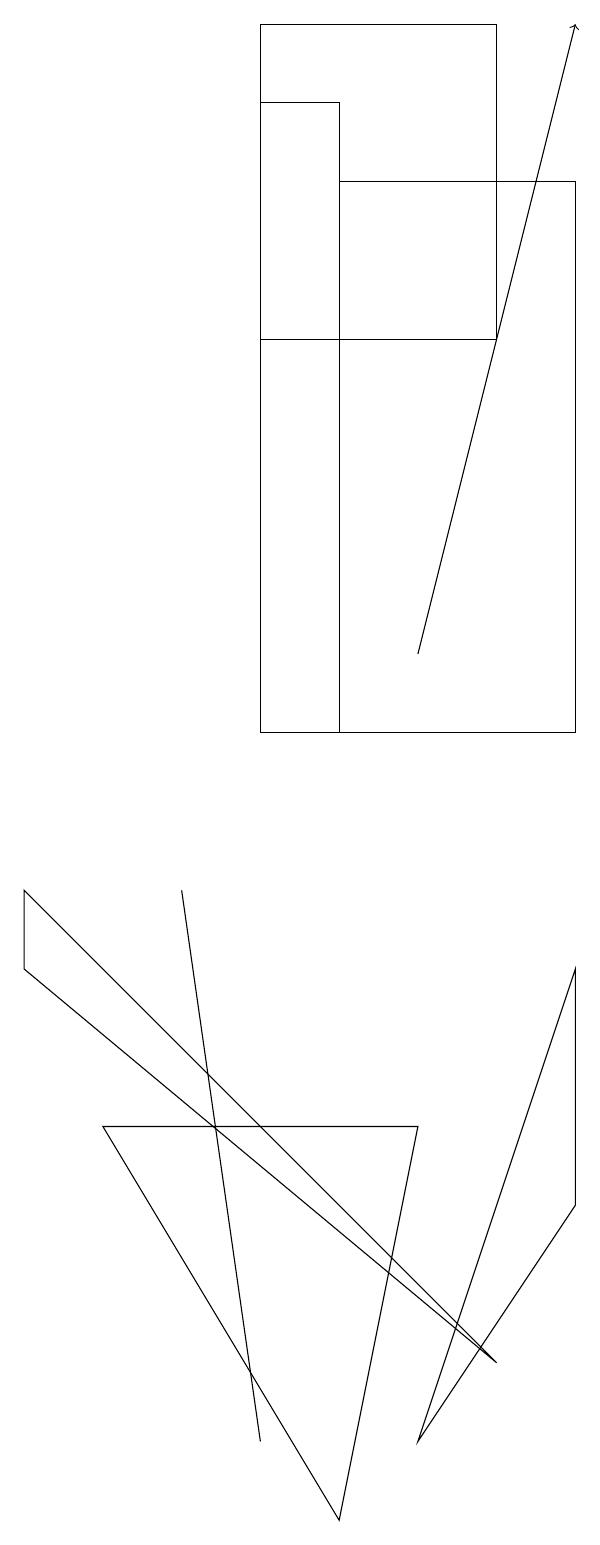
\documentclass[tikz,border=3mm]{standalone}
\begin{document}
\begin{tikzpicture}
\draw (5,1) -- (4,8) -- (4,8) -- cycle;
\draw (8,15) rectangle (5,19);
\draw (3,5) -- (6,0) -- (7,5) -- cycle;
\draw[->] (7,11) -- (9,19);
\draw (9,7) -- (7,1) -- (9,4) -- cycle;
\draw (9,17) rectangle (6,10);
\draw (6,10) rectangle (5,18);
\draw (8,2) -- (2,8) -- (2,7) -- cycle;
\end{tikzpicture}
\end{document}